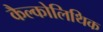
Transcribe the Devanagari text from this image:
कैल्कोलिथिक